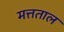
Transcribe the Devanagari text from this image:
मत्तताल